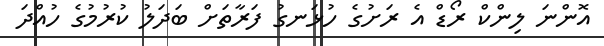
އޮންނަ ލިންކް ރޯޑް އެ ރަށުގެ ހުޅަނގު ފަރާތަށް ބަދަލު ކުރުމުގެ ހުއްދަ